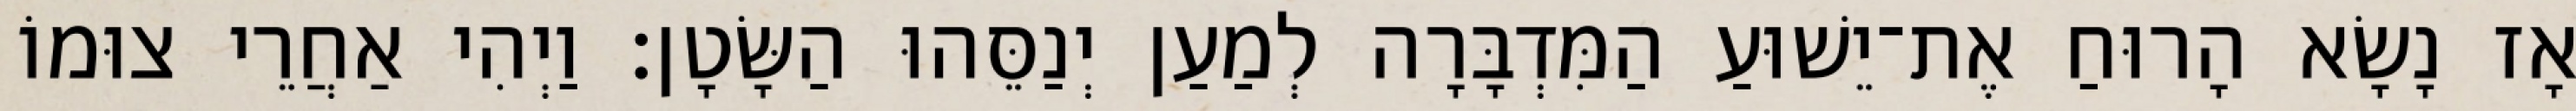
אָז נָשָׂא הָרוּחַ אֶת־יֵשׁוּעַ הַמִּדְבָּרָה לְמַעַן יְנַסֵּהוּ הַשָּׂטָן׃ וַיְהִי אַחֲרֵי צוּמוֹ